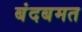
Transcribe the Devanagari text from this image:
बंदबमत